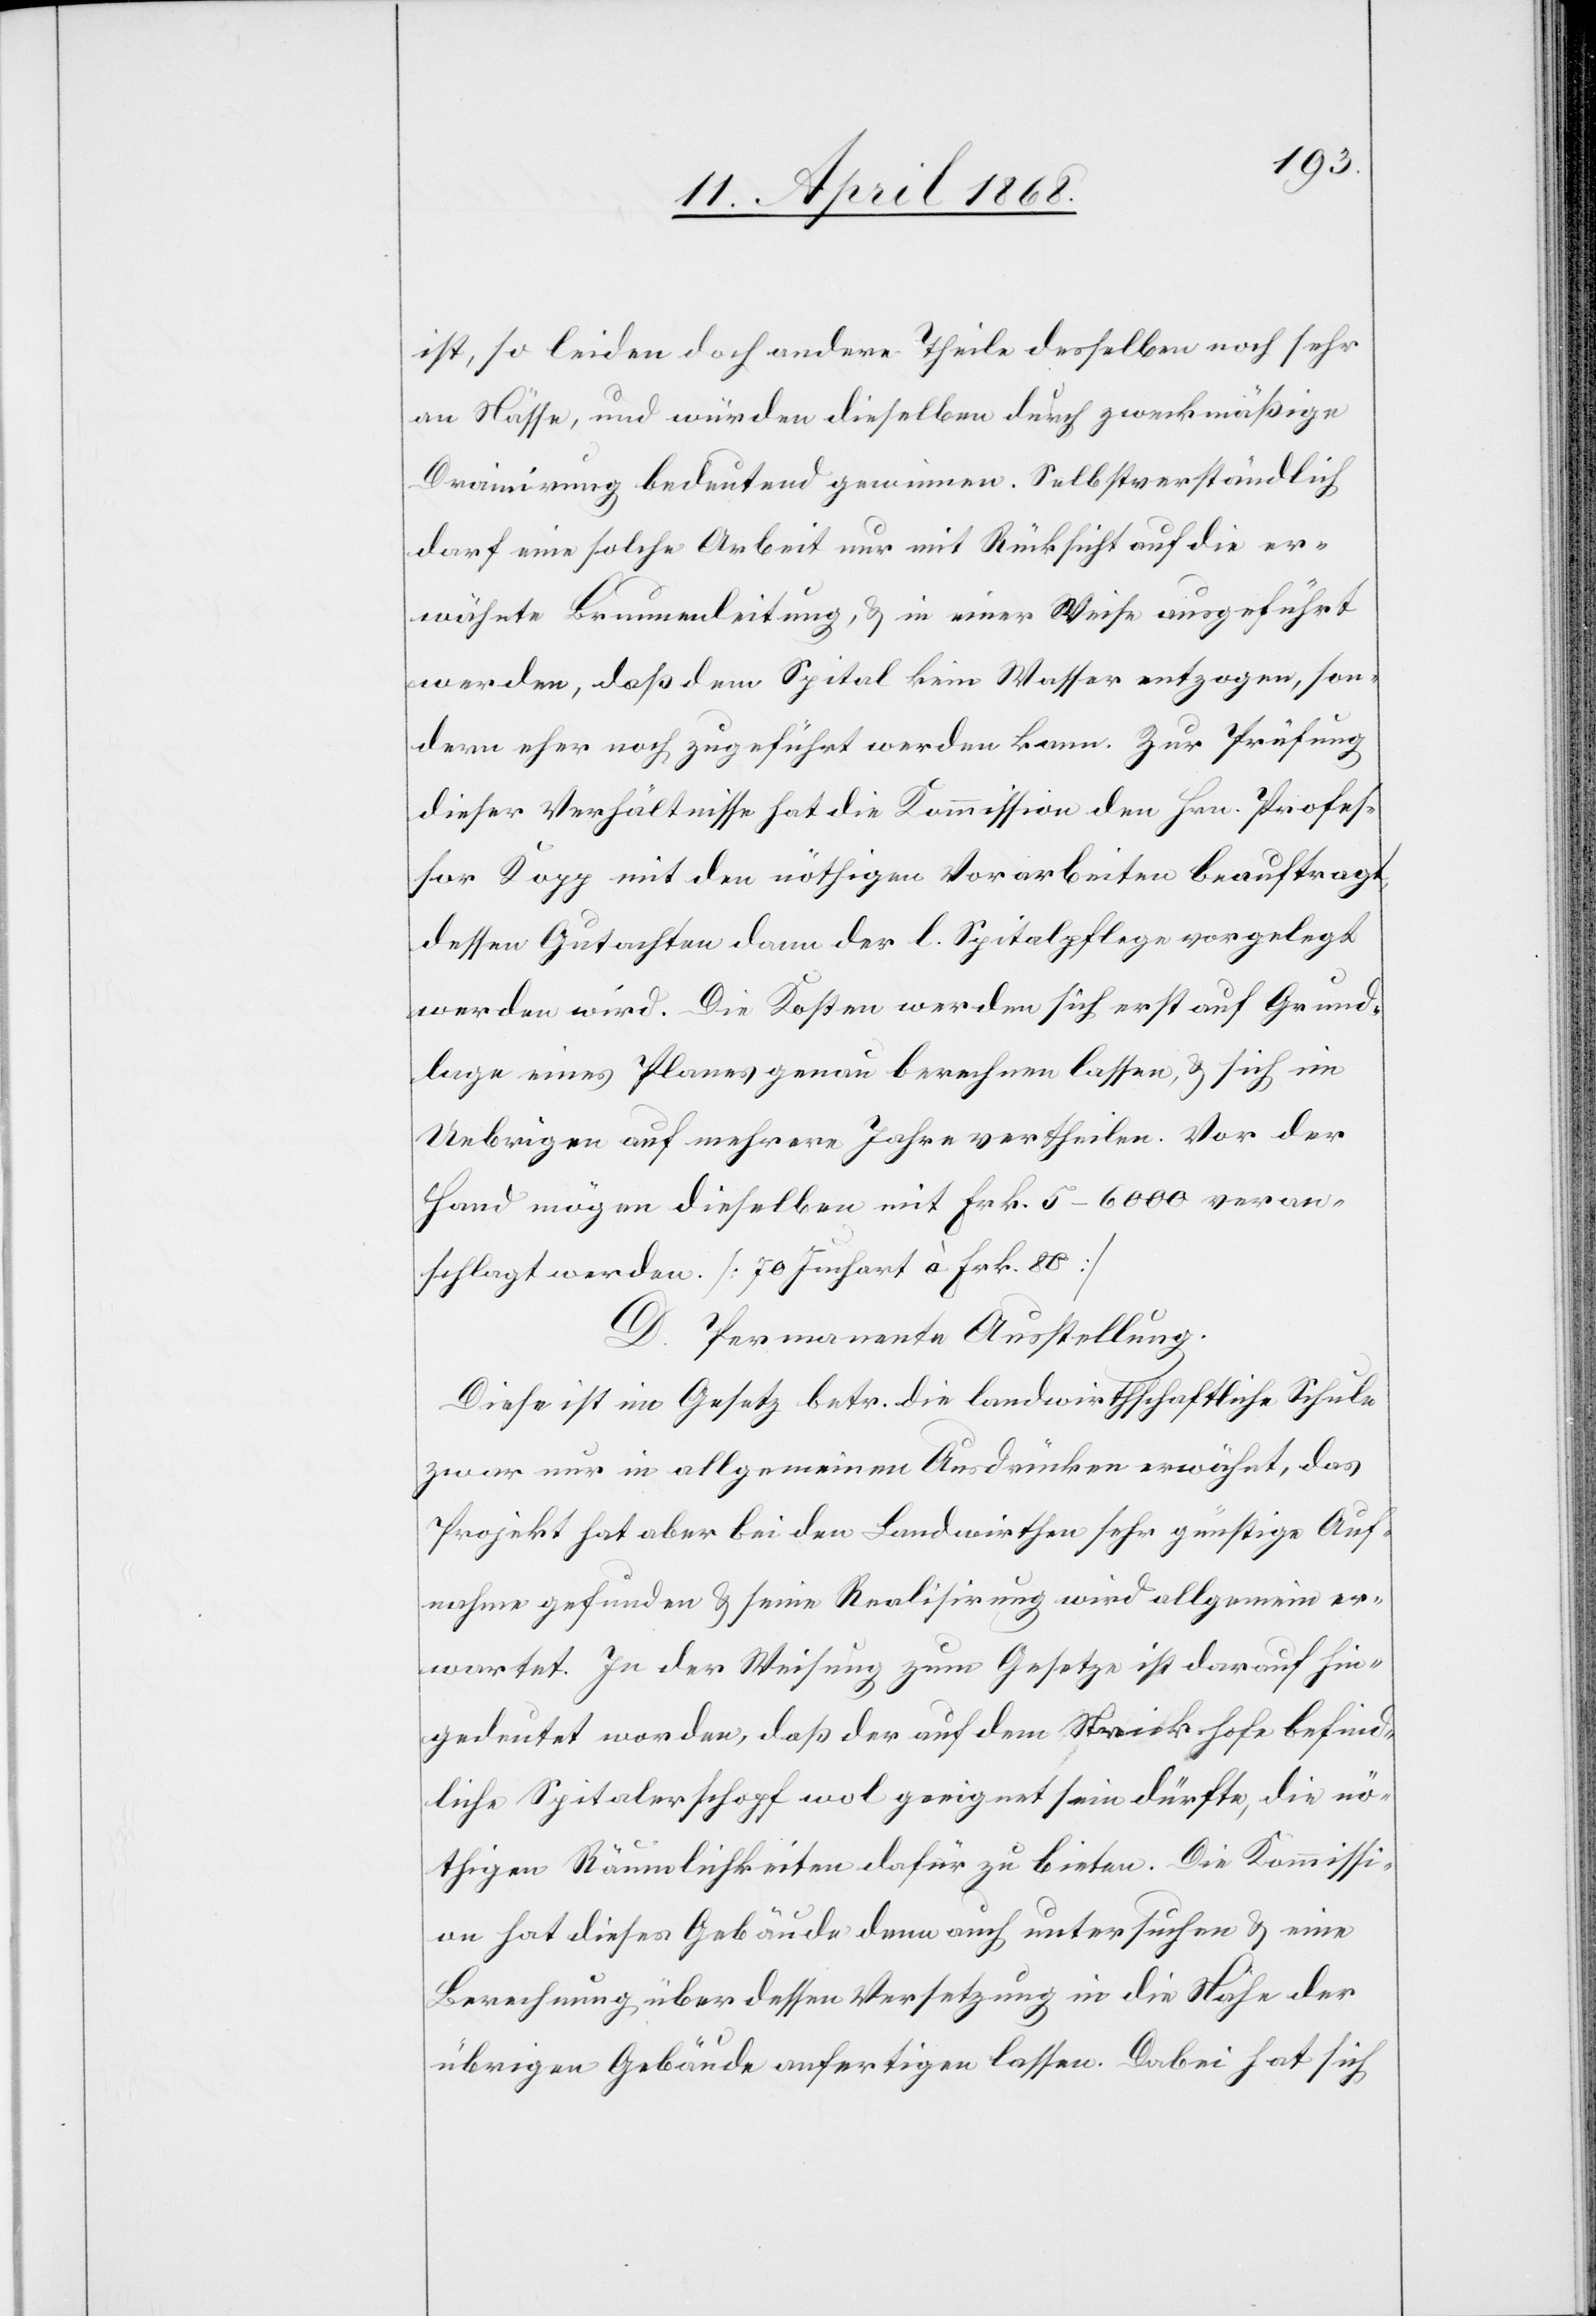
ist, so leiden doch andere Theile desselben noch sehr
an Nässe, und würden dieselben durch zweckmäßige
Drainirung bedeutend gewinnen. Selbstverständlich
darf eine solche Arbeit nur mit Rücksicht auf die er¬
wähnte Brunnenleitung, & in einer Weise ausgeführt
werden, daß dem Spital kein Wasser entzogen, son¬
dern eher noch zugeführt werden kann. Zur Prüfung
dieser Verhältnisse hat die Kommission den Hrn. Profes¬
sor Kopp mit den nöthigen Vorarbeiten beauftragt,
dessen Gutachten dann der l. Spitalpflege vorgelegt
werden wird. Die Kosten werden sich erst auf Grund¬
lage eines Planes genau berechnen lassen, & sich im
Uebrigen auf mehrere Jahre vertheilen. Vor der
Hand mögen dieselben mit Frk. 5–6000 veran¬
schlagt werden. [70 Juchart à Frk. 80]
D. Permanente Ausstellung.
Diese ist im Gesetz betr. die landwirthschaftliche Schule
zwar nur in allgemeinen Ausdrücken erwähnt, das
Projekt hat aber bei den Landwirthen sehr günstige Auf¬
nahme gefunden & seine Realisirung wird allgemein er¬
wartet. In der Weisung zum Gesetze ist darauf hin¬
gedeutet worden, daß der auf dem Strickhofe befind¬
liche Spitalerschopf wol geeignet sein dürfte, die nö¬
thigen Räumlichkeiten dafür zu bieten. Die Kommissi¬
on hat dieses Gebäude denn auch untersuchen & eine
Berechnung über dessen Versetzung in die Nähe der
übrigen Gebäude anfertigen lassen. Dabei hat sich